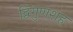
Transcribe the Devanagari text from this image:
द्विगुणशह